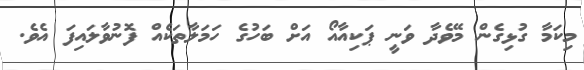
މިކަމާ ގުޅިގެން މޭވެދާ ވަނީ ޕަކިއާއޯ އަށް ބަހުގެ ހަމަލާތަކެއް ފޮނުވާލައިފަ އެވެ.